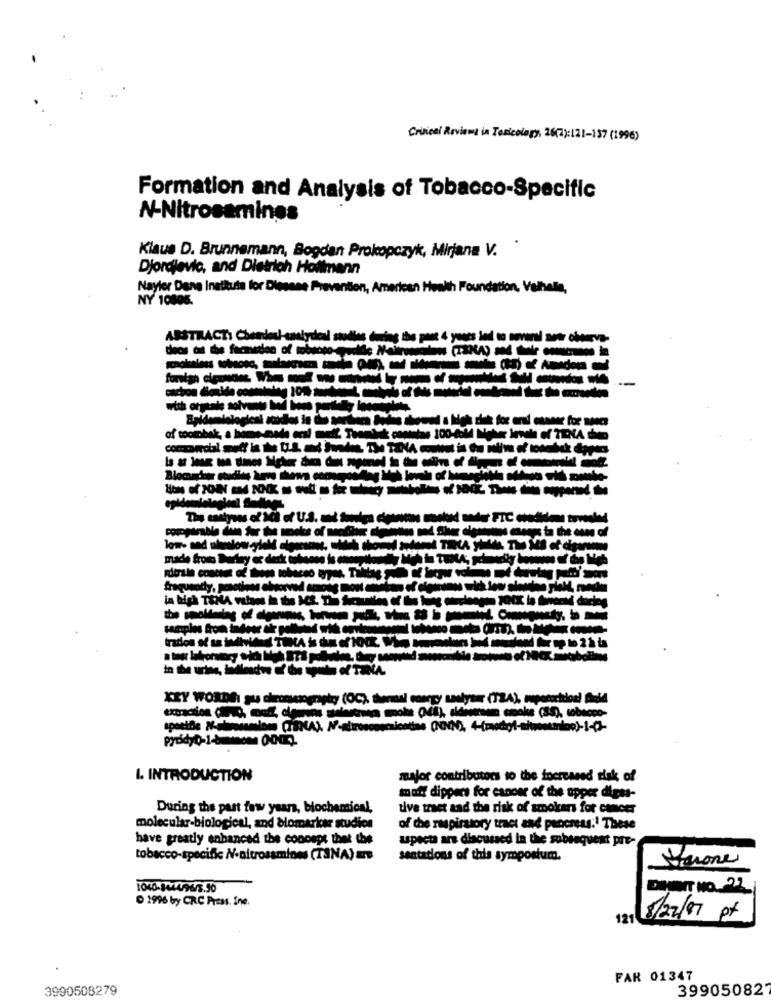
Critical Reviewa in Toxicology, 26(2):121-137 (1996)
Formation and Analysis of Tobacco-Specific
N-Nitrocaminos
Klaus D. Brunnemann, Bogdan Prokopczyk, Mirjana V.
Djordjevic, and Dietrich Hollmann
Naylor Dene Instituts for Diesese Prevention, American Health Foundation, Valhalla,
NY 10806.
yases led to soveral aetr observa-
docs til the facmetion of tobacco-
-----
--
of woombak, a home-made ccsi meif. Teamtak cantias 100-6M Mehr Invele of TENA de
made from Bortry ec derk oofsome is ......
in the urine, ladlesdw of' de toute of TINA
I. INTRODUCTION
major contributors to the increased risk of
matt dippers for cancer of the upper digas-
During the past few years, biochemical,
tive traet and the risk of smokers for cancer
molecular-biological, and biomarker studies
of the respiratory tract and pancreas.1 These
have greatly enhanced the concept that the
upects ars discussed in the subsequent pre-
tobacco-specific N-nitrosamines (TANA) am
sentations of this symposium.
Varone
1040-14/14/96/3.50
D 1996 by CRC Press. ine.
121
8/22/07 pt
FAR 01347
3990508279
39905082